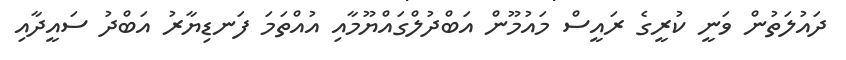
ދައުލަތުން ވަނީ ކުރީގެ ރައީސް މައުމޫން އަބްދުލްގައްޔޫމާއި އުއްތަމަ ފަނޑިޔާރު އަބްދު ސައީދާއި